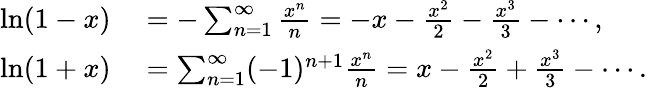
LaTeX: \begin{array}{rl}{\ln(1-x)}&{{}=-\sum_{n=1}^{\infty}{\frac{x^{n}}{n}}=-x-{\frac{x^{2}}{2}}-{\frac{x^{3}}{3}}-\cdots,}\\ {\ln(1+x)}&{{}=\sum_{n=1}^{\infty}(-1)^{n+1}{\frac{x^{n}}{n}}=x-{\frac{x^{2}}{2}}+{\frac{x^{3}}{3}}-\cdots.}\end{array}